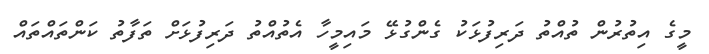
މީގެ އިތުރުން ތުއްތު ދަރިފުޅަކު ގެންގުޅޭ މައިމީހާ އެތުއްތު ދަރިފުޅަށް ތަފާތު ކަންތައްތައް